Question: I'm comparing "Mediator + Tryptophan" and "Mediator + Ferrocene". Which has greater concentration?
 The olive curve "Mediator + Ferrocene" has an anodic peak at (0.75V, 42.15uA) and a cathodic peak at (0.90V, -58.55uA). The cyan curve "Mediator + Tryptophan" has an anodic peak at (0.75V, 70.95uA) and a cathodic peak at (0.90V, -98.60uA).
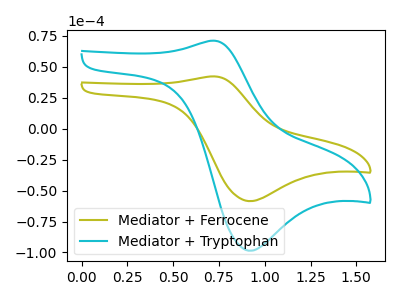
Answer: <think>All the peaks in "Mediator + Tryptophan" have a peak in "Mediator + Ferrocene" at the same potential. Every peak in "Mediator + Tryptophan" is higher than every peak in "Mediator + Ferrocene".
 </think>
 <answer>"Mediator + Tryptophan" has more signal than "Mediator + Ferrocene" and so likely has a higher concentration.</answer>
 <eval>more_concentration</eval>